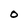
Character: 0